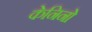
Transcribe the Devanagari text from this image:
केनिनो